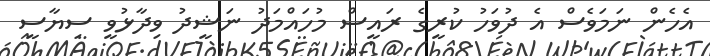
އެހެން ނަމަވެސް އެ ދުވަހު ކުރީގެ ރައީސް މުހައްމަދު ނަޝީދު ވިދާޅުވީ ސިޔާސީ